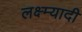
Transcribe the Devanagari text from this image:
लक्ष्म्यादी